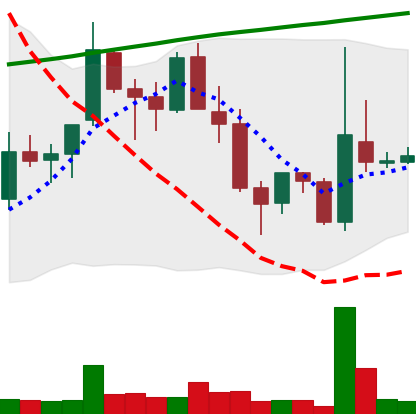
Ticker: TRX-USD
Chart end date: 2018-04-08
Forward return: 3.651%
Label: up_3_5